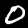
Digit: 0